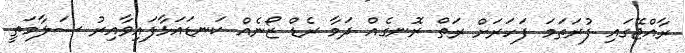
ރާއްޖޭގައި ފުރަތަމަ ފަހަރަށް ރަތް ރޮނގެއް ދަމާ ރެޑް ޒޯނެއް ކަނޑައަޅާފައިވާއިރު ސަލާމަތީ